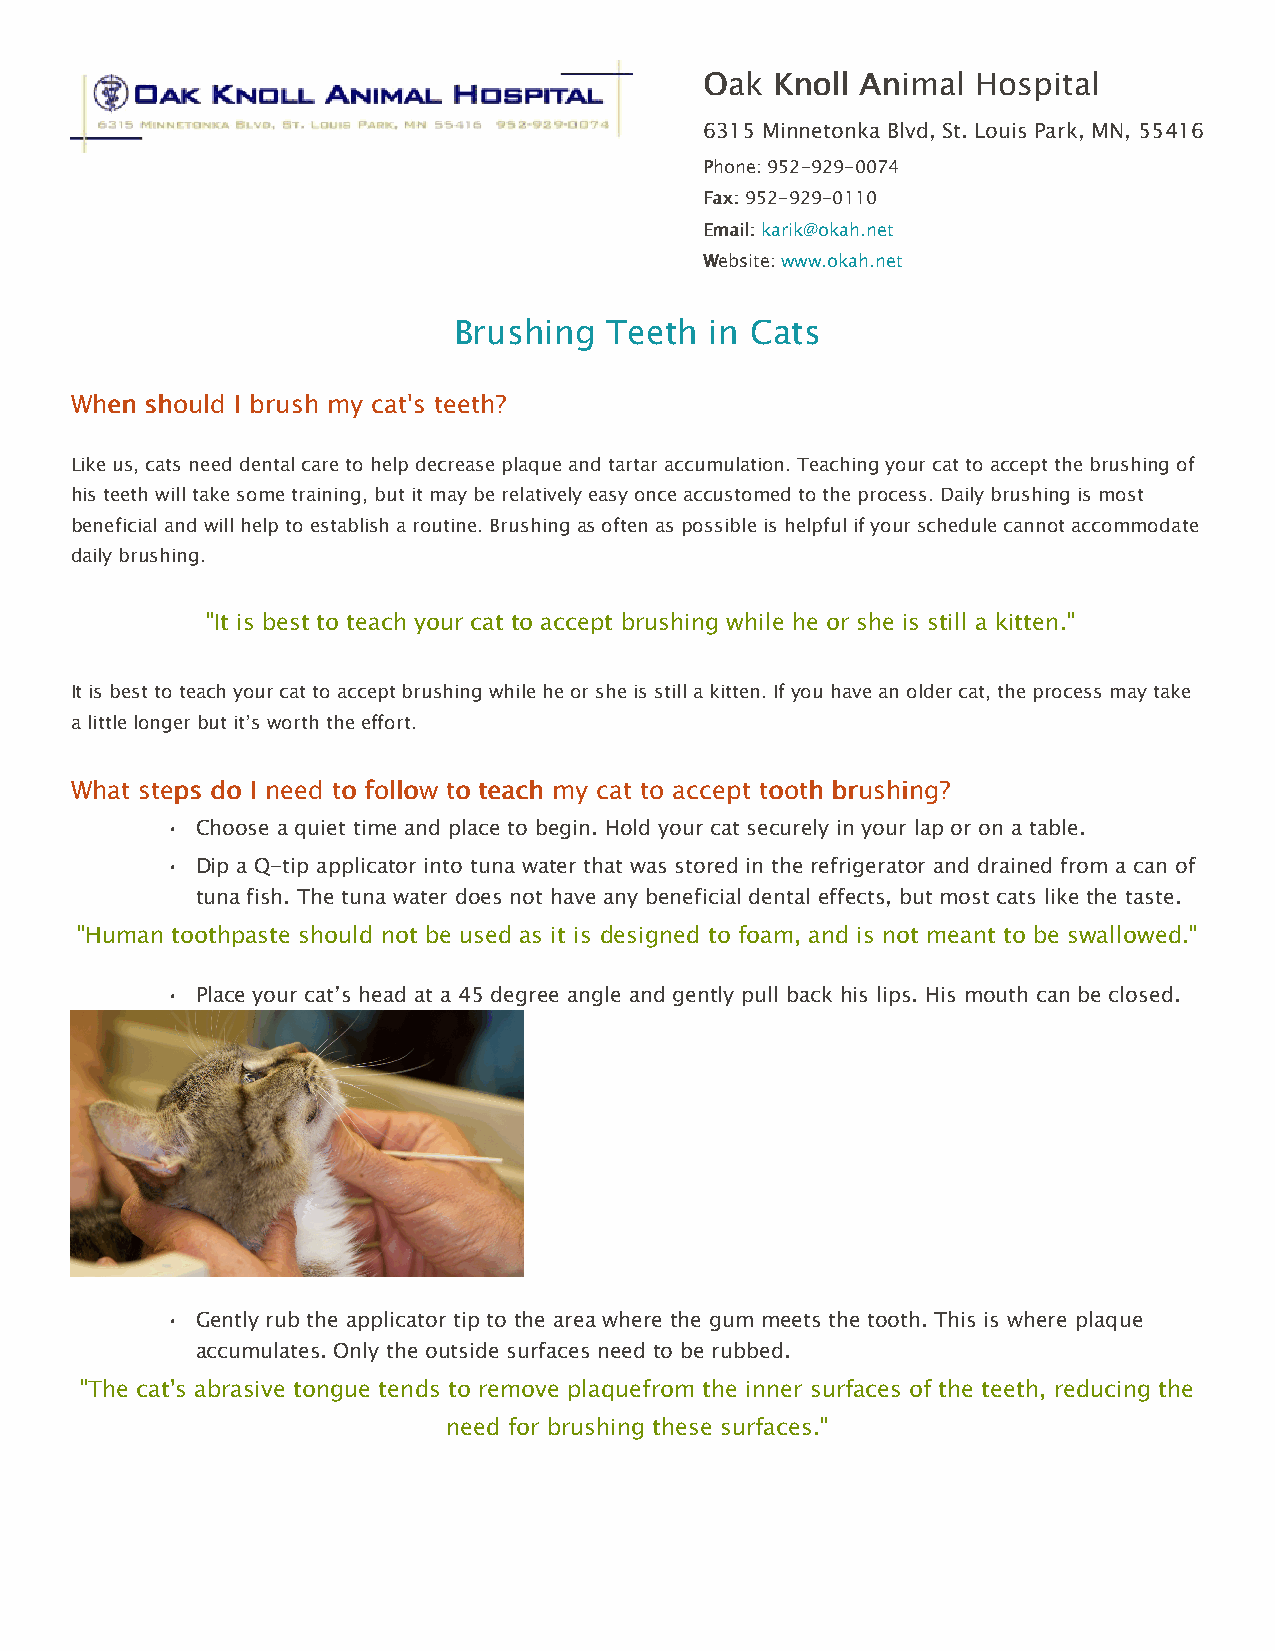
OOaakk KKnnoollll AAnniimmaall HHoossppiittaall
 6315 Minnetonka Blvd, St. Louis Park, MN, 55416
 PPhhoonnee::952-929-0074
 FFaaxx::952-929-0110
 EEmmaaiill::karik@okah.net
 WWeebbssiittee::www.okah.net
 Brushing  Teeth  in Cats
 WWhheenn sshhoouulldd II bbrruusshh mmyy ccaatt''ss tteeeetthh??
 Like us, cats need dental care to help decrease plaque and tartar accumulation. Teaching your cat to accept the brushing of
 his teeth will take some training, but itmay be relatively easy once accustomed to the process. Daily brushing is most
 beneficial and will help to establish a routine. Brushing as often as possibleis helpful if your schedule cannot accommodate
 daily brushing.
 "It is best to teach your cat to accept brushing while he or she is still a kitten."
 It is best to teach your cat to accept brushing while he or she is still a kitten. If you have an older cat, the process may take
 a little longer but it’s worth the effort.
 WWhhaatt sstteeppss ddoo II nneeeedd ttoo ffoollllooww ttoo tteeaacchh mmyy ccaatt ttoo aacccceepptt ttooootthh bbrruusshhiinngg??
 • Choose a quiet time and place to begin. Hold your cat securely in your lap or on a table.
 • Dip a Q-tip applicator into tuna water that was stored in the refrigerator and drained from a can of
 tuna fish. The tuna water does not have any beneficial dental effects, but most cats like the taste.
 "Human toothpaste should not be used as it is designed to foam, and is not meant to be swallowed."
 • Place your cat’s head at a 45 degree angle and gently pull back his lips. His mouth can be closed.
 • Gently rub the applicator tip to the area where the gum meets the tooth. This is where plaque
 accumulates. Only the outside surfaces need to be rubbed.
 "The cat's abrasive tongue tends to remove plaquefrom the inner surfaces of the teeth, reducing the
 need for brushing these surfaces."